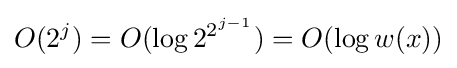
O(2^{j})=O(\log 2^{2^{j-1}})=O(\log w(x))